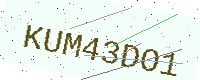
Text: KUM43DO1